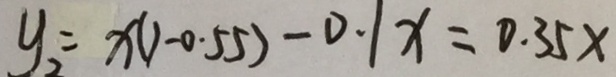
y _ { 2 } = x ( 1 - 0 . 5 5 ) - 0 . 1 x = 0 . 3 5 x